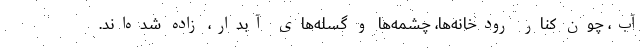
آب، چون کنار رودخانه‌ها، چشمه‌ها و گسله‌های آبدار، زاده شده‌اند.